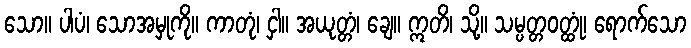
သော။ ပါပံ၊ သောအမှုကို။ ကာတုံ၊ ငှါ။ အယုတ္တံ၊ ချေ။ ဣတိ၊ သို့။ သမ္ပတ္တဝတ္ထုံ၊ ရောက်သော